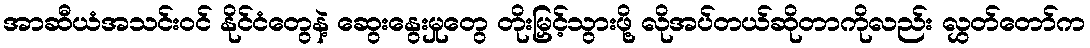
အာဆီယံအသင်းဝင် နိုင်ငံတွေနဲ့ ဆွေးနွေးမှုတွေ တိုးမြှင့်သွားဖို့ လိုအပ်တယ်ဆိုတာကိုလည်း လွှတ်တော်က